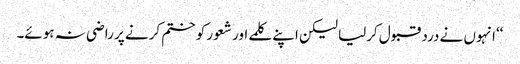
‘‘انہوں نے درد قبول کرلیا لیکن اپنے کلمے اور شعور کو ختم کرنے پر راضی نہ ہوئے۔